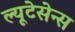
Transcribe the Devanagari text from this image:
ल्यूटेसेन्स